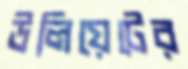
উলিয়েটের